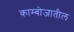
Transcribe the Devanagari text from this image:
काम्बोजातील